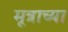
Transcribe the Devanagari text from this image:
मूत्राच्या